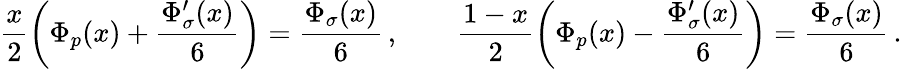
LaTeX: \frac{x}{2}\left(\Phi_{p}(x)+\frac{\Phi_{\sigma}^{\prime}(x)}{6}\right)=\frac{\Phi_{\sigma}(x)}{6}\, ,\qquad\frac{1-x}{2}\left(\Phi_{p}(x)-\frac{\Phi_{\sigma}^{\prime}(x)}{6}\right)=\frac{\Phi_{\sigma}(x)}{6}\, .